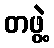
တဖွဲ့